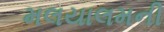
મલયાલમની